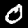
Digit: 0